Torma_(Votikvere)_vallavalitsus, lk 51
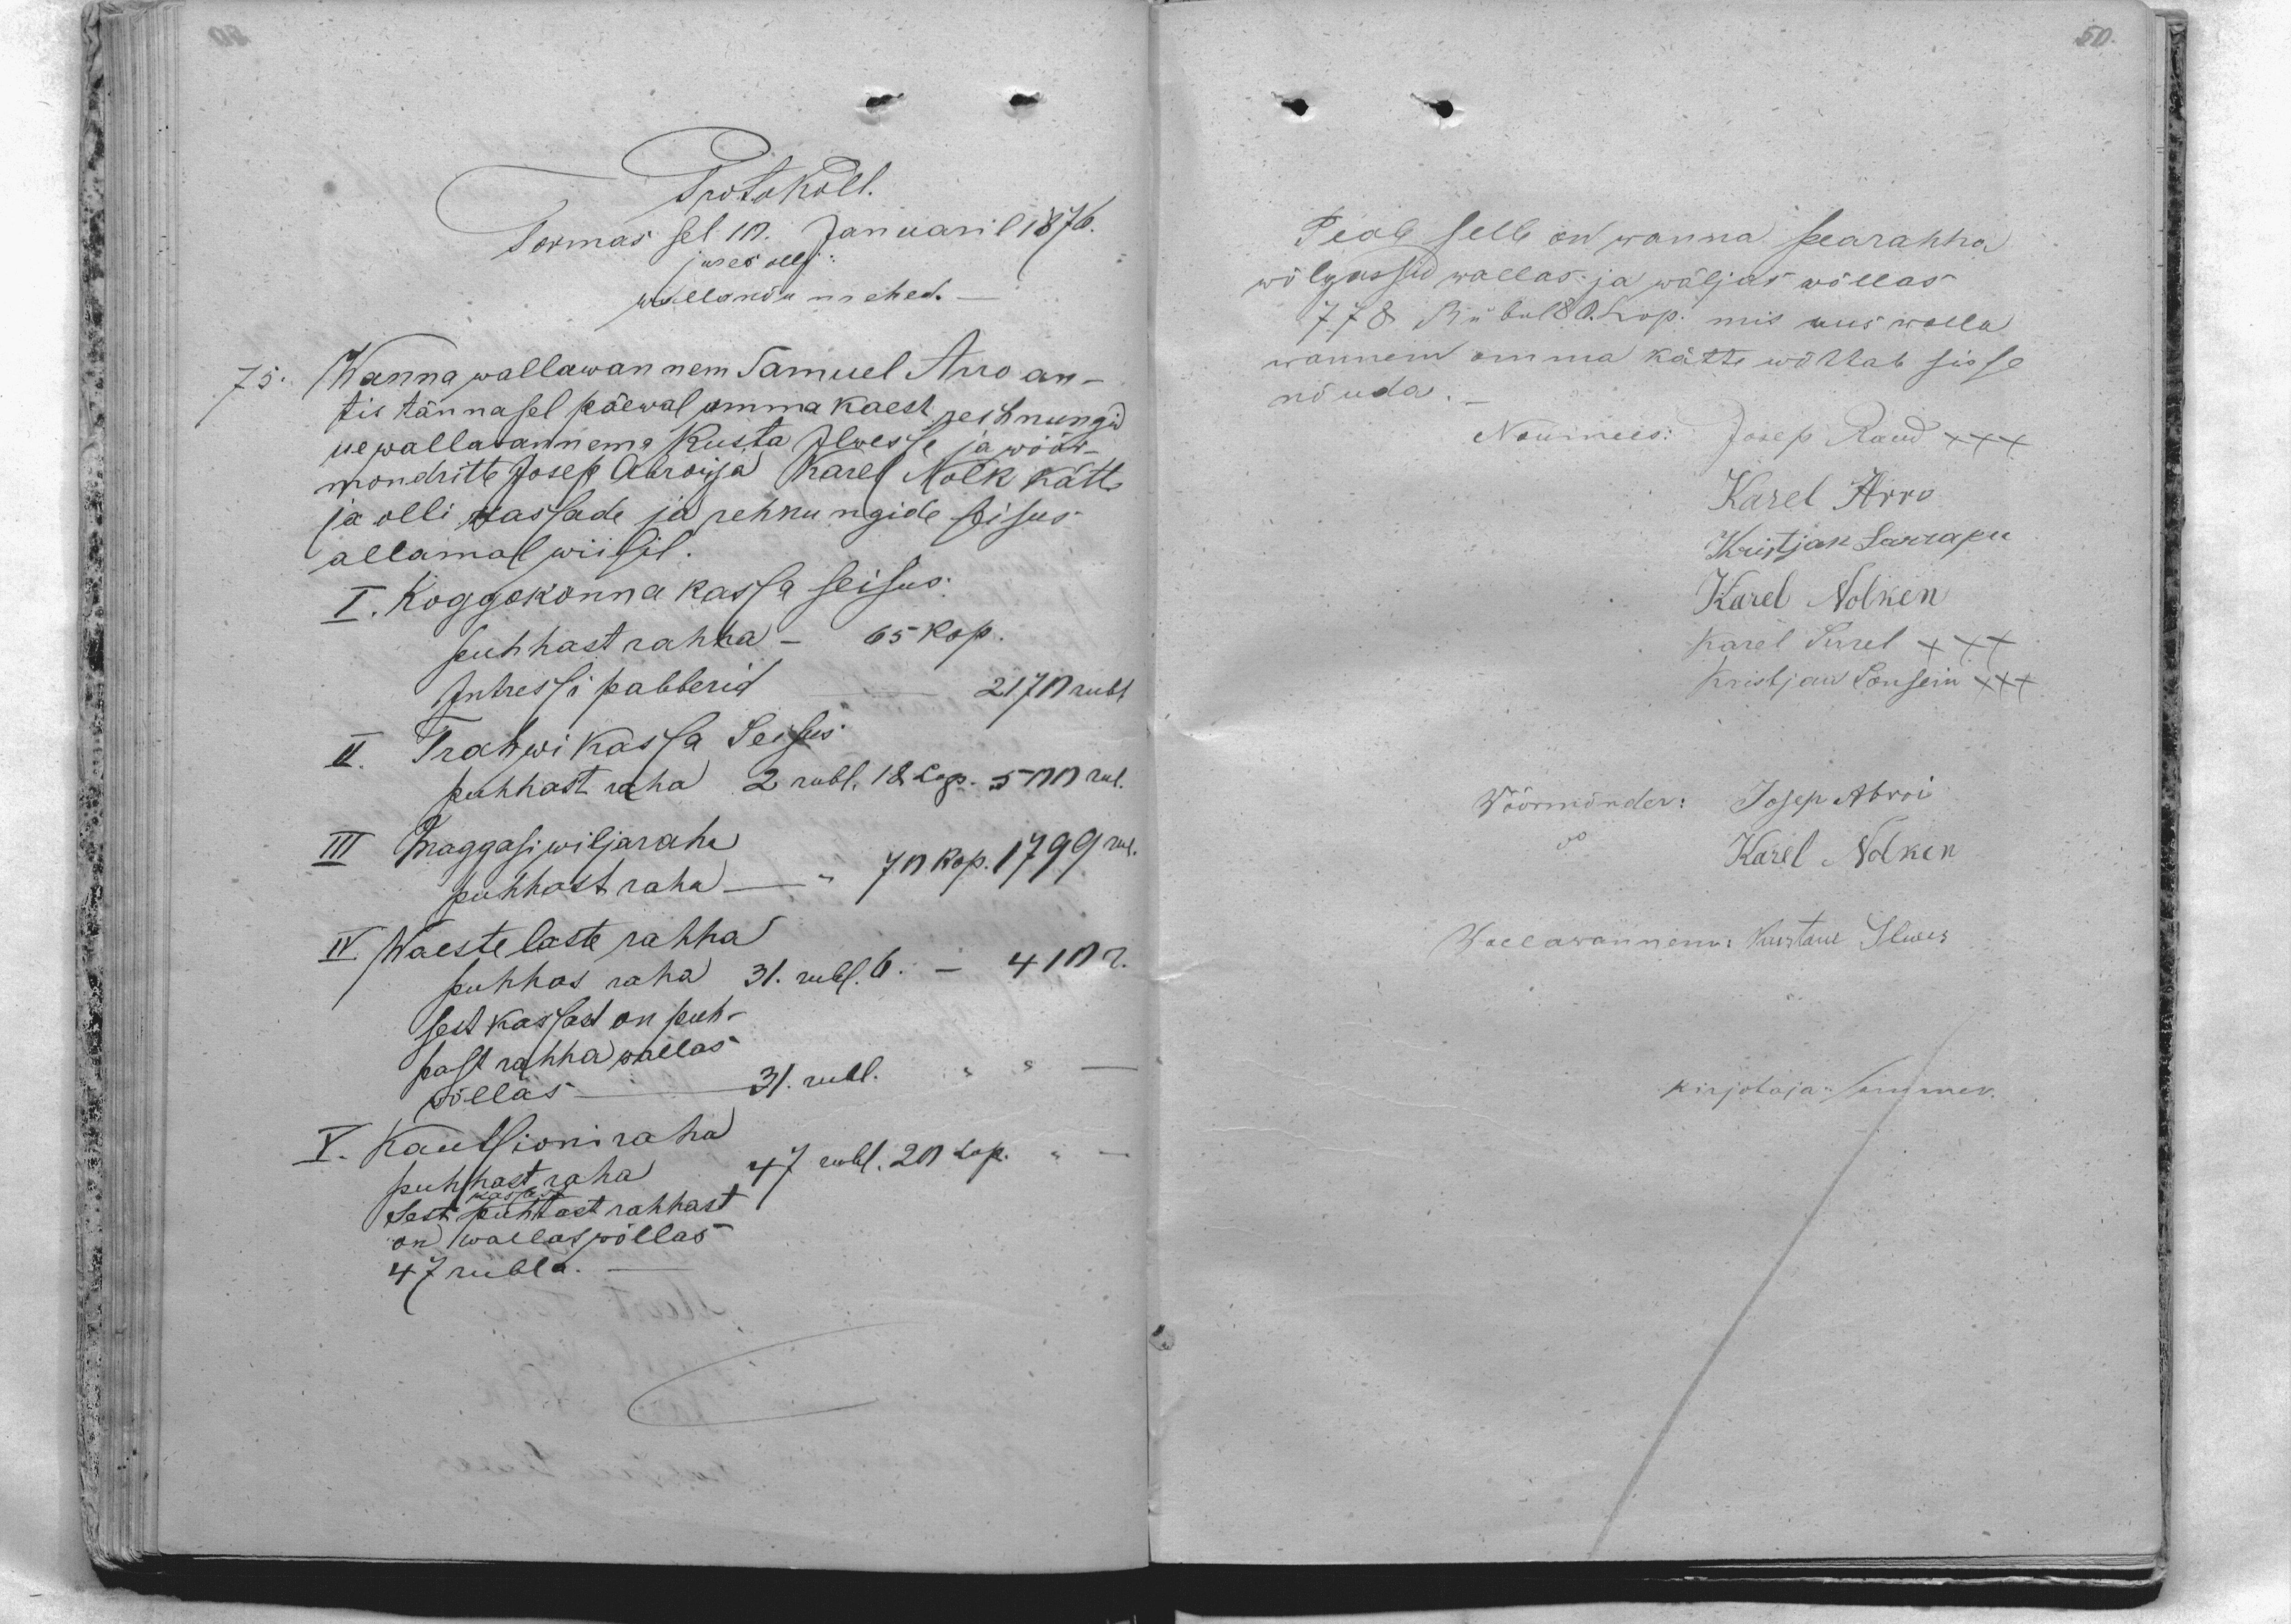
Protokoll.
Tormas sel 10. Januaril 1876.
jures olli:
wallanõumehed.
75. Wanna wallawannem Samuel Arro an-
tis tännasel päewal omma kaest rechnungid
ue wallatwannema Kusta Ilwesse ja wöör-
mondritte Josep Abroi ja Karel Nolk kätte
ja olli kassade ja rehnungide seisus
allamal wiisil.
I. Koggokonna kassa seisus:
puhhast rahha - 65 kop.
Intressi pabberid
2170 rubl
II. Trahwikassa Seisus
puhhast raha 2 rubl. 18 kop. 500 rub.
III Maggasiwiljaraha
70 kop. 1799 rub.
puhhast raha
IV Waestelaste rahha
410 r.
puhhas raha 31. rubl.6.
sest Kassast on puh-
hast rahha wallas
31. rubl.
wallas
V. Kautsioni raha
47 rubl. 20 cop.
puhhast raha
Sest puhtast rahhast
on Wallas põllas
47 rubla.

Peale selle on wanna pearahha
wõlgassid wallas ja wäljas wõllas
778 Rubel 80 Cop. mis uus walla
wannem omma kätte wõttab sisse
nõuda.
Noumees Josep Raud xxx
Karel Arro
Kristjan Sarrapu
Karel Nolken
Karel Sirrel XXX
Kristjan Sonsein XXX
Wöörmönder: Josep Abroi
Karel Nolken
Wallawannem: Kustaw Ilwes
Kirjataja Summer.